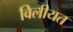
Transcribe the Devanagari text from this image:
विलीयत